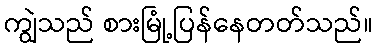
ကျွဲသည် စားမြုံ့ပြန်နေတတ်သည်။